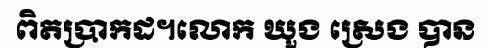
ពិតប្រាកដ។លោក ឃួង ស្រេង បាន